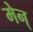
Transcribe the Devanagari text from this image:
मेन्